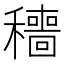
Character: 穯